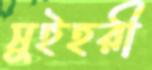
সুইহরী